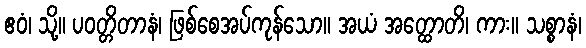
ဧဝံ၊ သို့။ ပဝတ္တိတာနံ၊ ဖြစ်စေအပ်ကုန်သော။ အယံ အတ္ထောတိ၊ ကား။ သစ္စာနံ၊